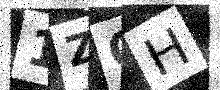
Text: 1ZOH